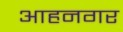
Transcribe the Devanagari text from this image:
आहनगर